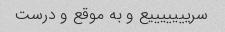
سریییییییع و به موقع و درست